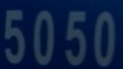
5050